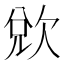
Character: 𭭌